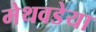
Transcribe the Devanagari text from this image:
मेथवडेया